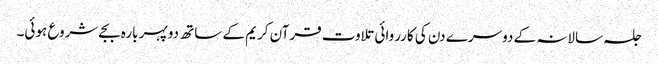
جلسہ سالانہ کے دوسرے دن کی کارروائی تلاوت قرآن کریم کے ساتھ دوپہر بارہ بجےشروع ہوئی۔